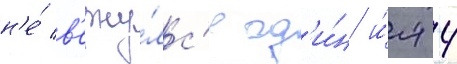
н'е́ в'ерну́лс'я од'и́н и́л-4